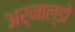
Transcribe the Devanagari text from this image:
अर्नाल्डो